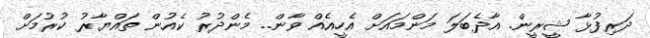
ދަރިފުޅާ ޝީރީން. އާދެބަލަ މަންމައަށް އެހީއެއް ވާން.. މެންދުރު ކެއުން ތައްޔާރު ކުރުމަށް